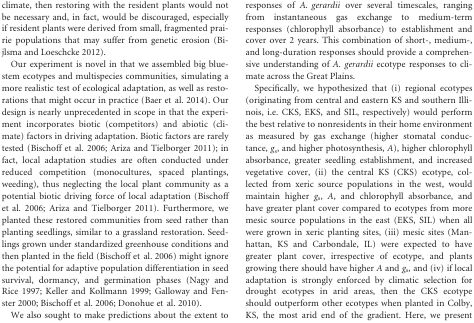
| Reciprocal garden planting sites | Ave temp, °C (max, min) | Elevation (m) | MAP, since 1961 (cm) | 2010 2009 ppt (cm) | Growing season ppt (April 1 –August 31, 2010) | Ppt of driest year (cm, year) | GDD ave | GDD 2010 | PET (cm) | Aridity index (PET-ppt) |
 | --- | --- | --- | --- | --- | --- | --- | --- | --- | --- | --- |
 | Colby, KS | 10.5 (18.4, 2.6) | 972 | 50.47 (±11.77) | 47.72 | 39.21 | 28.37 (1967) | 3167 | 3461 | 144 | 97 |
 | KSU Ag. Res. Center |  |  |  | 67.81 | <COLSPAN=6>  |
 | Thomas County | <COLSPAN=10>  |
 | 39°23′N, | <COLSPAN=10>  |
 | 101°04′W | <COLSPAN=10>  |
 | Hays, KS | 12 (19.3, 4.7) | 603 | 58.22 (±13.13) | 58.29 | 48.84 | 36.27 (1988) | 3799 | 4193 | 139 | 81 |
 | KSU Ag. Res. Center | <COLSPAN=3>  | 55.12 | <COLSPAN=6>  |
 | Ellis County | <COLSPAN=10>  |
 | 38°51′N, | <COLSPAN=10>  |
 | 99°19′W | <COLSPAN=10>  |
 | Manhattan, KS | 13 (19.6, 6.4) | 315 | 87.15 (±20.04) | 84.68 | 67.23 | 39.16 (1966) | 4156 | 4105 | 127 | 41 |
 | USDA Plant Material Center | <COLSPAN=3>  | 98.27 | <COLSPAN=6>  |
 | Riley County | <COLSPAN=10>  |
 | 39°08′N, | <COLSPAN=10>  |
 | 96°38′W | <COLSPAN=10>  |
 | Carbondale, Illinois | 13.3 (19.5, 7.1) | 127 | 116.73 (±24.76) | 80.31 | 47.01 | 67.38 (1963) | 4087 | 4474 | 99 | −18 |
 | SIU Agronomy Center | <COLSPAN=3>  | 154.58 | <COLSPAN=6>  |
 | Jackson County | <COLSPAN=10>  |
 | 37°73′N, | <COLSPAN=10>  |
 | 89°22′W | <COLSPAN=10>  |